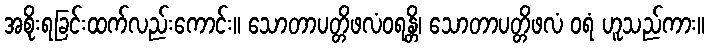
အစိုးရခြင်းထက်လည်းကောင်း။ သောတာပတ္တိဖလံဝရန္တိ၊ သောတာပတ္တိဖလံ ဝရံ ဟူသည်ကား။